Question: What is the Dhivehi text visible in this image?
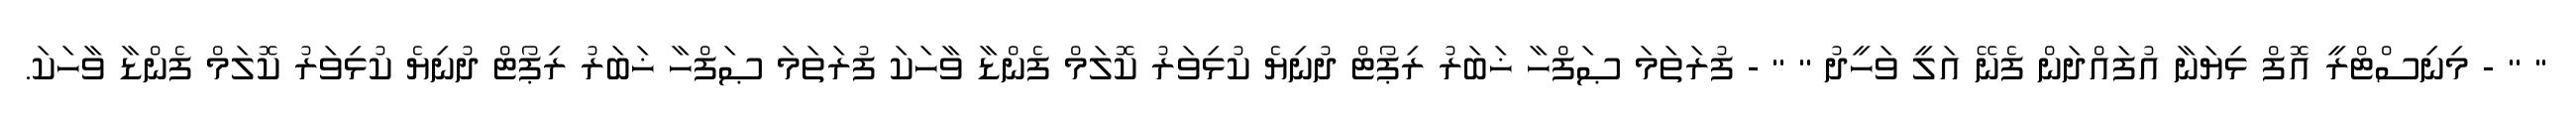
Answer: '' '' - މިނިސްޓްރީ އޮފް ޅިޔަނާ އުފައްދަން ފެނޭ އަލީ ވަހީދު '' '' - ފުރަތަމަ ޞަފްހާ ޚަބަރު ރިޕޯޓް ދުނިޔެ ކުޅިވަރު ކޮލަމް ފެންޑާ ވާހަކަ ފުރަތަމަ ޞަފްހާ ޚަބަރު ރިޕޯޓް ދުނިޔެ ކުޅިވަރު ކޮލަމް ފެންޑާ ވާހަކަ.